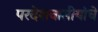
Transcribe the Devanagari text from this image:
परदेशवासीयांचे